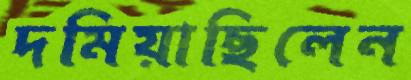
দমিয়াছিলেন